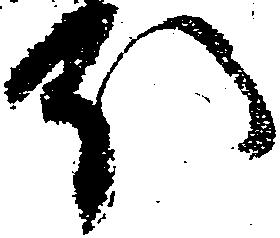
ほ